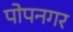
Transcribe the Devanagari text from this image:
पोपनगर